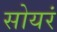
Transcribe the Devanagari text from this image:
सोयरं